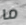
ما